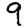
Digit: 9